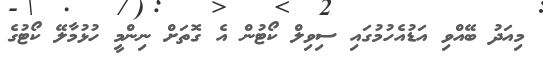
މިއަދު ބޭއްވި އަޑުއެހުމުގައި ސިވިލް ކޯޓުން އެ ގޮތަށް ނިންމީ ހުޅުމާލޭ ކޯޓުގެ